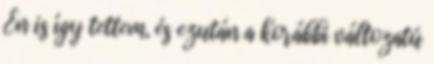
Én is így tettem, és ezután a korábbi változatú